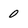
Character: 0